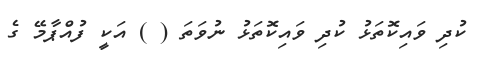
ކުދި ވައިކޮތަޅު ކުދި ވައިކޮތަޅު ނުވަތަ ( ) އަކީ ފުއްޕާމޭ ގެ